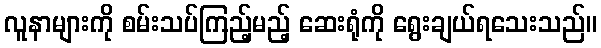
လူနာများကို စမ်းသပ်ကြည့်မည့် ဆေးရုံကို ရွေးချယ်ရသေးသည်။